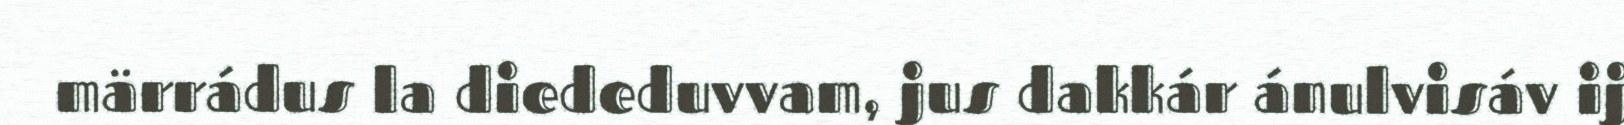
märrádus la diededuvvam, jus dakkár ánulvisáv ij